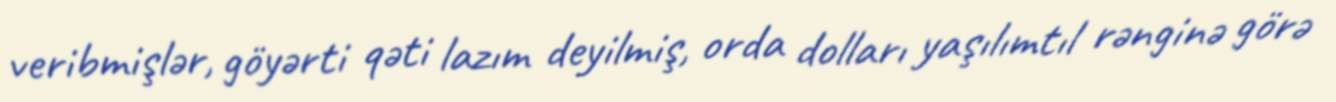
veribmişlər, göyərti qəti lazım deyilmiş, orda dolları yaşılımtıl rənginə görə